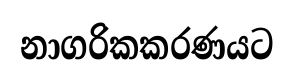
නාගරිකකරණයට